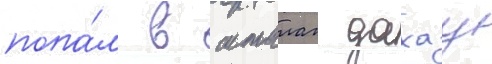
попа́л в шталаг дахау